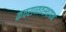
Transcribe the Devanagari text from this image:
कचराव्यवस्थापन